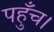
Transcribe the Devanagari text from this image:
पहुँच।